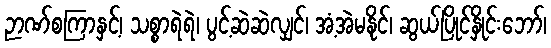
ဉာဏ်စကြာနှင့်၊ သစ္စာရဲရဲ၊ ပွင့်ဆဲဆဲလျှင်၊ အံ့အဲမနိုင်၊ ဆွယ်ပြိုင်နှိုင်းဘော်၊